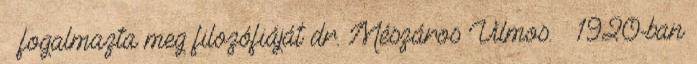
– fogalmazta meg filozófiáját dr. Mészáros Vilmos. — 1920-ban